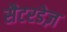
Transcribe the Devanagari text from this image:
सैटरडेज़